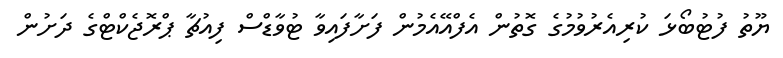
ޔޫތު ފުޓުބޯޅަ ކުރިއެރުވުމުގެ ގޮތުން އެފްއޭއެމުން ފަށާފައިވާ ޓުވާޑްސް ފިއުޗާ ޕްރޮޖެކްޓްގެ ދަށުން